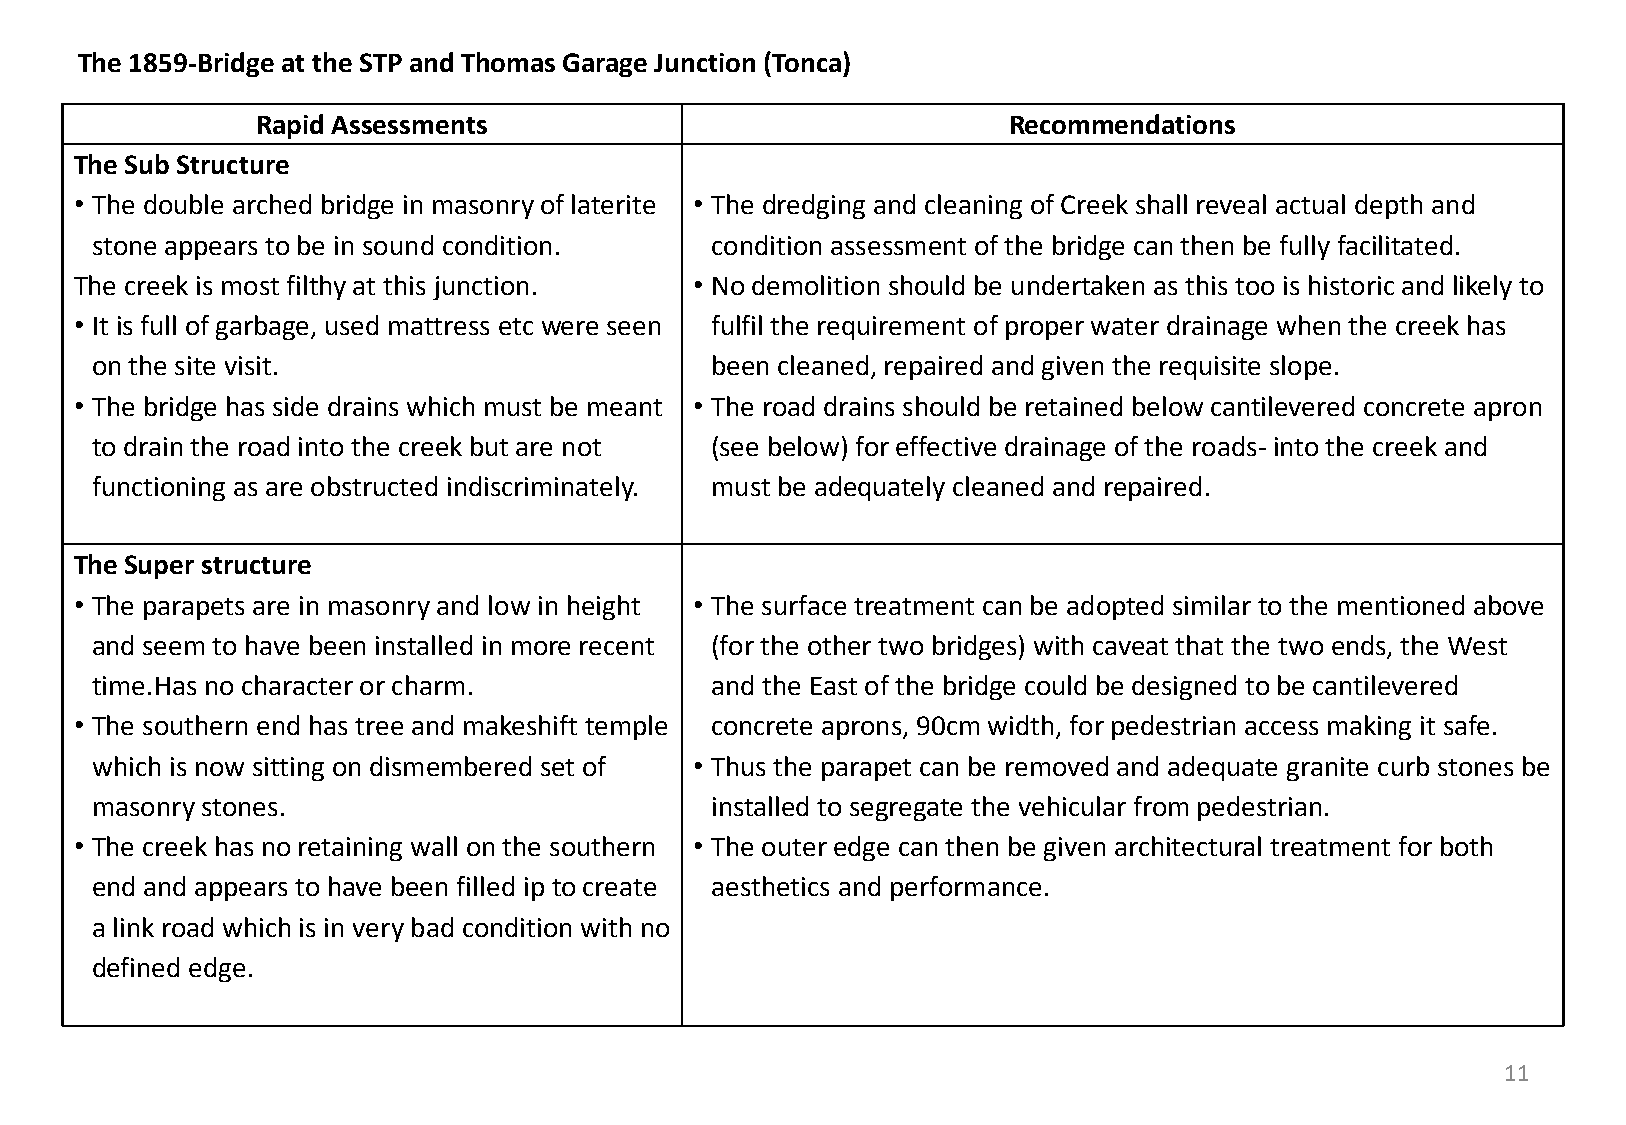
The 1859-Bridge at the STP and Thomas Garage Junction (Tonca)
 Rapid Assessments                                 Recommendations
 The Sub Structure
 • The double arched bridge in masonry of laterite • The dredging and cleaning of Creek shall reveal actual depth and
 stone appears to be in sound condition.  condition assessment of the bridge can then be fully facilitated.
 The creek is most filthy at this junction. • No demolition should be undertaken as this too is historic and likely to
 • It is full of garbage, used mattress etc were seen fulfil the requirement of proper water drainage when the creek has
 on the site visit.                       been cleaned, repaired and given the requisite slope.
 • The bridge has side drains which must be meant • The road drains should be retained below cantilevered concrete apron
 to drain the road into the creek but are not (see below) for effective drainage of the roads- into the creek and
 functioning as are obstructed indiscriminately. must be adequately cleaned and repaired.
 The Super structure
 • The parapets are in masonry and low in height • The surface treatment can be adopted similar to the mentioned above
 and seem to have been installed in more recent (for the other two bridges) with caveat that the two ends, the West
 time.Has no character or charm.          and the East of the bridge could be designed to be cantilevered
 • The southern end has tree and makeshift temple concrete aprons, 90cm width, for pedestrian access making it safe.
 which is now sitting on dismembered set of • Thus the parapet can be removed and adequate granite curb stones be
 masonry stones.                          installed to segregate the vehicular from pedestrian.
 • The creek has no retaining wall on the southern • The outer edge can then be given architectural treatment for both
 end and appears to have been filled ip to create aesthetics and performance.
 a link road which is in very bad condition with no
 defined edge.
 11